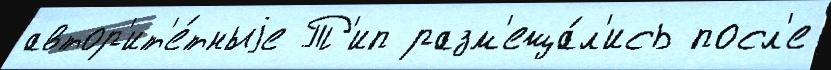
автор'ит'е́тныjе Т'ип разм'еща́л'ись посл'е